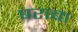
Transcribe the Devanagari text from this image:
षराबा